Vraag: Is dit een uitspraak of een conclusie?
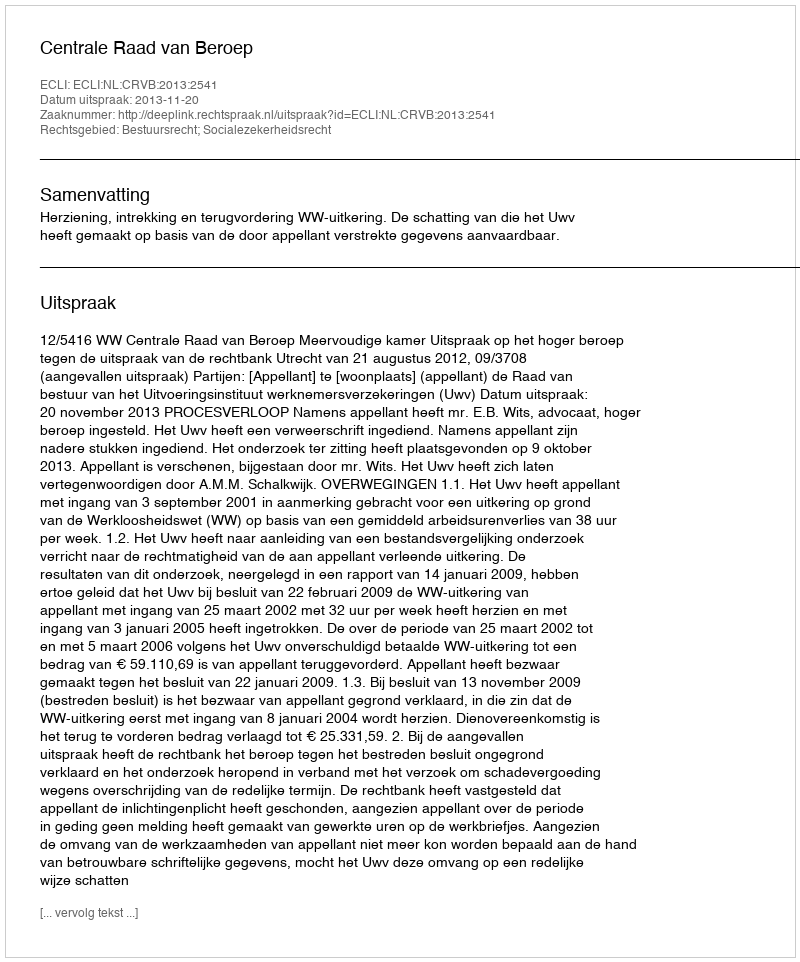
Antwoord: Uitspraak